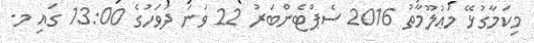
މިކަމާގުޅޭ މަޢުލޫމާތު 2016 ސެޕްޓެންބަރު 22 ވަނަ ދުވަހުގެ 13:00 ގައި މ.